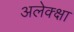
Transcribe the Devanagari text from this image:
अलेक्क्षा